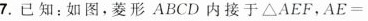
7.已知：如图，菱形ABCD内接于△AEF，$$A E =